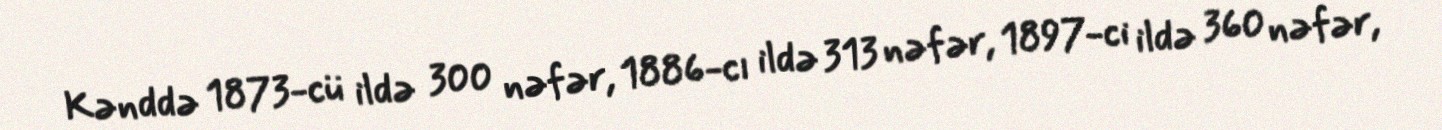
Kənddə 1873-cü ildə 300 nəfər, 1886-cı ildə 313 nəfər, 1897-ci ildə 360 nəfər,